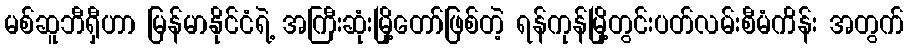
မစ်ဆူဘီရှီဟာ မြန်မာနိုင်ငံရဲ့ အကြီးဆုံးမြို့တော်ဖြစ်တဲ့ ရန်ကုန်မြို့တွင်းပတ်လမ်းစီမံကိန်း အတွက်